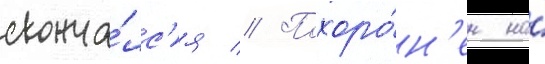
сконча́лс'я // Похоро́н'ен на́